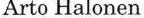
Arto Halonen